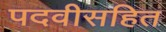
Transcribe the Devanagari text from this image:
पदवीसहित